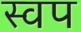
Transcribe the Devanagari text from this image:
स्वप